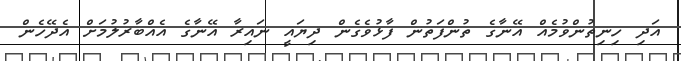
އަދި ހިނިތުންވުމެއް އޭނާގެ ތުންފަތުން ފާޅުވެގެން ދިޔައީ ނައިރާ އޭނާގެ އެއްބާރުލުމަށް އެދޭހެން